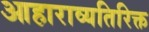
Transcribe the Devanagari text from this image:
आहाराव्यतिरिक्त